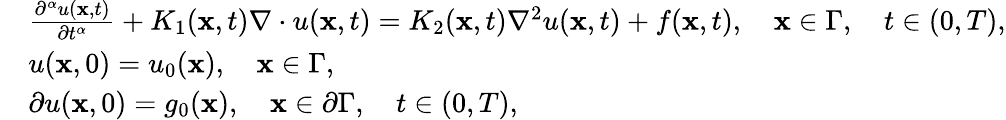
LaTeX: \begin{array}{rl}&{\frac{\partial^{\alpha}u({\mathbf x},t)}{\partial t^{\alpha}}+K_{1}({\mathbf x},t)\nabla\cdot u({\mathbf x},t)=K_{2}({\mathbf x},t)\nabla^{2}u({\mathbf x},t)+f({\mathbf x},t),\quad{\mathbf x}\in\Gamma,\quad t\in(0,T),}\\ &{u({\mathbf x},0)=u_{0}({\mathbf x}),\quad{\mathbf x}\in\Gamma,}\\ &{\partial u({\mathbf x},0)=g_{0}({\mathbf x}),\quad{\mathbf x}\in\partial\Gamma,\quad t\in(0,T),}\end{array}